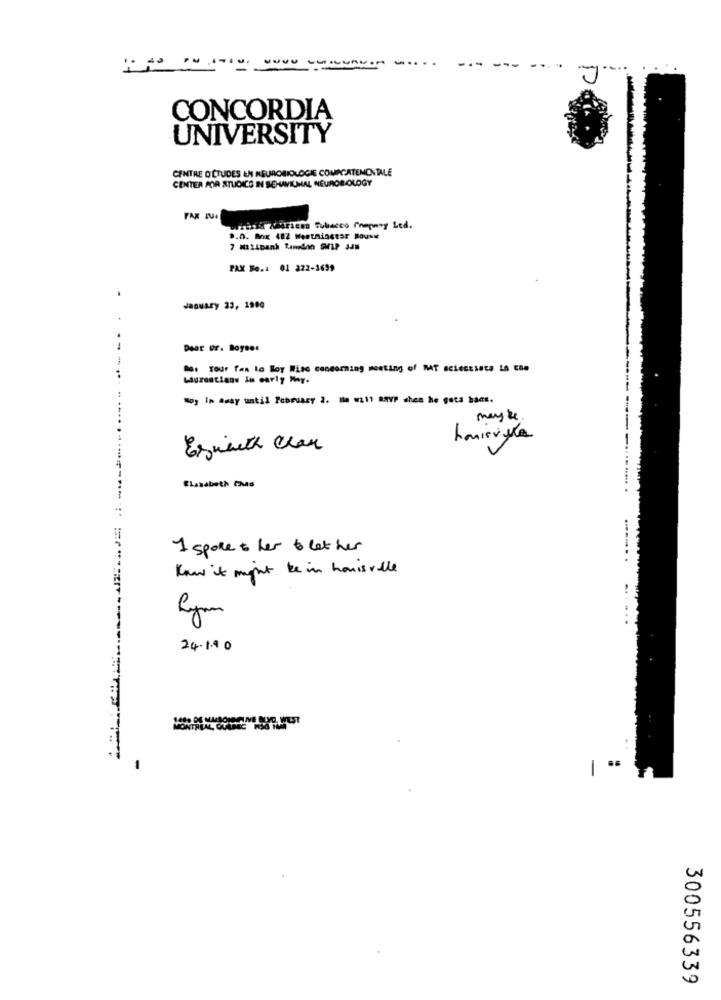
-
...
---
CONCORDIA
UNIVERSITY
CENTRE D'ÉTUDES EN NEUROBIOLOGIE COMACATEMONTALE
CENTER POR STUCICS INN SEHAVIUAL NEUROBIOLOGY
FAX JUI
usixth Kadrieso Subecco Chepnny Led.
PAX So.4 01 222-3699
.
January 23, 1900
--
Mas your fon to Boy Wise concerning meeting of MAT scieccions in the
-----
Mog In Aday mstil February 2. we will have when he gets bacs.
may be
Esmeeth chan
I spoke to her & let her
...... .
Know it might be in hamisville
Rym
24.1.90
300556339